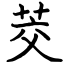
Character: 茭